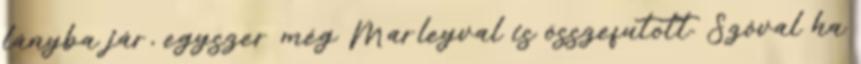
lányba jár, egyszer még Marleyval is összefutott. Szóval ha